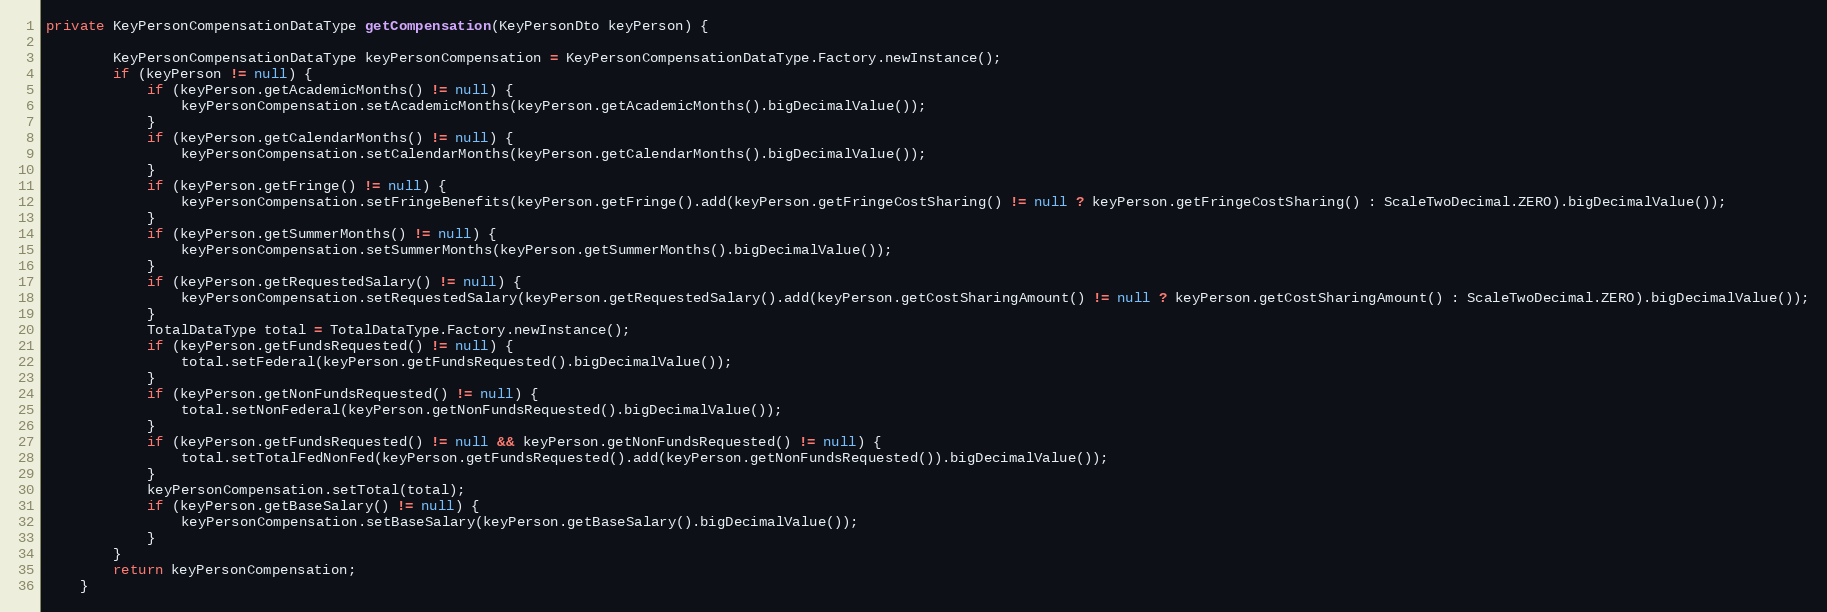
Language: Java
private KeyPersonCompensationDataType getCompensation(KeyPersonDto keyPerson) {

        KeyPersonCompensationDataType keyPersonCompensation = KeyPersonCompensationDataType.Factory.newInstance();
        if (keyPerson != null) {
            if (keyPerson.getAcademicMonths() != null) {
                keyPersonCompensation.setAcademicMonths(keyPerson.getAcademicMonths().bigDecimalValue());
            }
            if (keyPerson.getCalendarMonths() != null) {
                keyPersonCompensation.setCalendarMonths(keyPerson.getCalendarMonths().bigDecimalValue());
            }
            if (keyPerson.getFringe() != null) {
                keyPersonCompensation.setFringeBenefits(keyPerson.getFringe().add(keyPerson.getFringeCostSharing() != null ? keyPerson.getFringeCostSharing() : ScaleTwoDecimal.ZERO).bigDecimalValue());
            }
            if (keyPerson.getSummerMonths() != null) {
                keyPersonCompensation.setSummerMonths(keyPerson.getSummerMonths().bigDecimalValue());
            }
            if (keyPerson.getRequestedSalary() != null) {
                keyPersonCompensation.setRequestedSalary(keyPerson.getRequestedSalary().add(keyPerson.getCostSharingAmount() != null ? keyPerson.getCostSharingAmount() : ScaleTwoDecimal.ZERO).bigDecimalValue());
            }
            TotalDataType total = TotalDataType.Factory.newInstance();
            if (keyPerson.getFundsRequested() != null) {
                total.setFederal(keyPerson.getFundsRequested().bigDecimalValue());
            }
            if (keyPerson.getNonFundsRequested() != null) {
                total.setNonFederal(keyPerson.getNonFundsRequested().bigDecimalValue());
            }
            if (keyPerson.getFundsRequested() != null && keyPerson.getNonFundsRequested() != null) {
                total.setTotalFedNonFed(keyPerson.getFundsRequested().add(keyPerson.getNonFundsRequested()).bigDecimalValue());
            }
            keyPersonCompensation.setTotal(total);
            if (keyPerson.getBaseSalary() != null) {
                keyPersonCompensation.setBaseSalary(keyPerson.getBaseSalary().bigDecimalValue());
            }
        }
        return keyPersonCompensation;
    }